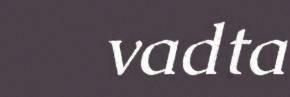
vadta